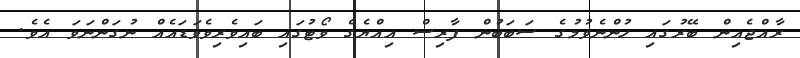
ރާއްޖެއިން ބޭރުގައި ހުންނެވުމުގެ ސަބަބުން ފާރިސް އިއްޔެގެ ވޯޓުގައި ބައިވެރިވެވަޑައެއް ނުގަންނަވަ އެވެ.